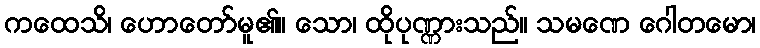
ကထေသိ၊ ဟောတော်မူ၏။ သော၊ ထိုပုဏ္ဏားသည်။ သမဏေ ဂေါတမော၊